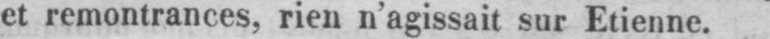
et remontrances, rien n’agissait sur Etienne.